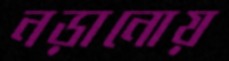
নড়ানোয়